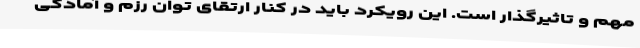
مهم و تاثیرگذار است. این رویکرد باید در کنار ارتقای توان رزم و آمادگی